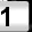
Digit: 1